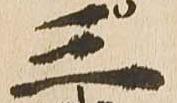
三